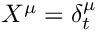
X ^ { \mu } = \delta _ { t } ^ { \mu }